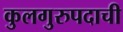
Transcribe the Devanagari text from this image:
कुलगुरुपदाची